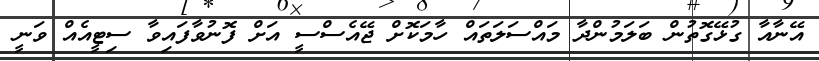
އޭނާއާ ގުޅޭގޮތުން ބަލަމުންދާ މައްސަލަތައް ހާމަކޮށް ޖޭއެސްސީ އަށް ފޮނުވާފައިވާ ސިޓީއެއް ވަނީ